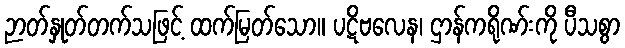
ဉာတ်နှုတ်တက်သဖြင့် ထက်မြတ်သော။ ပဋိဗလေန၊ ဌာန်ကရိုဏ်းကို ပီသစွာ